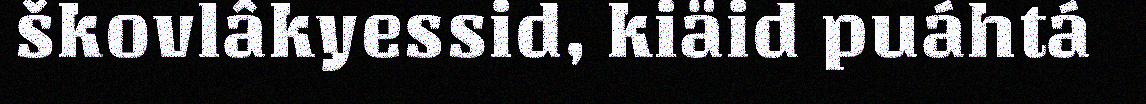
škovlâkyessid, kiäid puáhtá